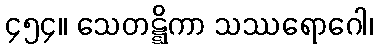
၄၅၄။ သေတဋ္ဋိကာ သဿရောဂေါ၊